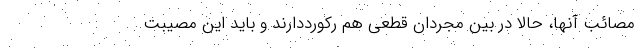
مصائب آنها، حالا در بین مجردان قطعی هم رکورددارند و باید این مصیبت